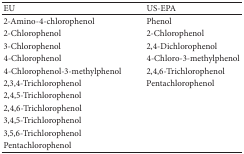
<table><thead><tr><td><b>EU</b></td><td><b>US-EPA</b></td></tr></thead><tbody><tr><td>2-Amino-4-chlorophenol</td><td>Phenol</td></tr><tr><td>2-Chlorophenol</td><td>2-Chlorophenol</td></tr><tr><td>3-Chlorophenol</td><td>2,4-Dichlorophenol</td></tr><tr><td>4-Chlorophenol</td><td>4-Chloro-3-methylphenol</td></tr><tr><td>4-Chlorophenol-3-methylphenol</td><td>2,4,6-Trichlorophenol</td></tr><tr><td>2,3,4-Trichlorophenol</td><td>Pentachlorophenol</td></tr><tr><td>2,4,5-Trichlorophenol</td><td> </td></tr><tr><td>2,4,6-Trichlorophenol</td><td> </td></tr><tr><td>3,4,5-Trichlorophenol</td><td> </td></tr><tr><td>3,5,6-Trichlorophenol</td><td> </td></tr><tr><td>Pentachlorophenol</td><td> </td></tr></tbody></table>